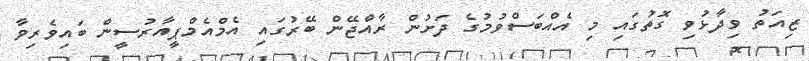
ޒިއަތު ވިދާޅުވި ގޮތުގައި މި އެއްބަސްވުމުގެ ދަށުން ރާއްޖޭން ބޭރުގައި އެމްއެމްޕީއާރުސީން ބައިވެރިވާ